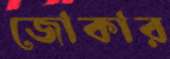
জোকার